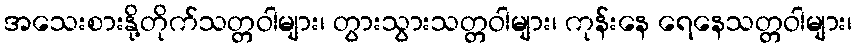
အသေးစားနို့တိုက်သတ္တဝါများ၊ တွားသွားသတ္တဝါများ၊ ကုန်းနေ ရေနေသတ္တဝါများ၊